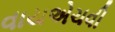
વાયએચવી